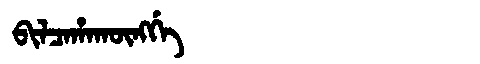
Manchu: ᠪᡳᠯᠴᠠᡥᠠᡴᡡᠩᡤᡝ
Romanization: BILCAHAKŪNGGE